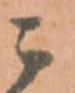
ニ